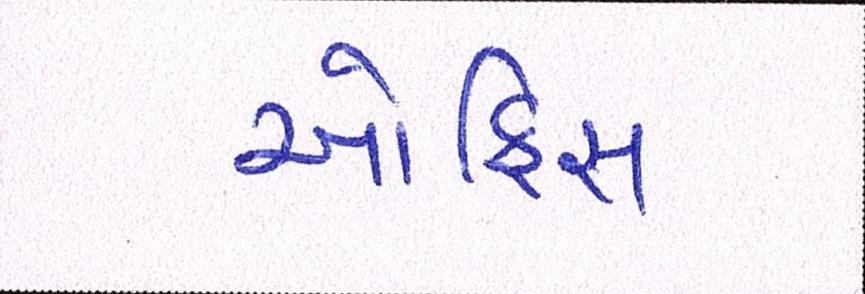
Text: ઑફિસ